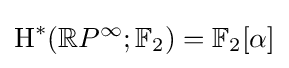
\operatorname {H} ^{*}(\mathbb {R} P^{\infty };\mathbb {F} _{2})=\mathbb {F} _{2}[\alpha ]